Lunatic asylums Central Provinces reports 1895-1909 - 1895-1909
Year: 1895
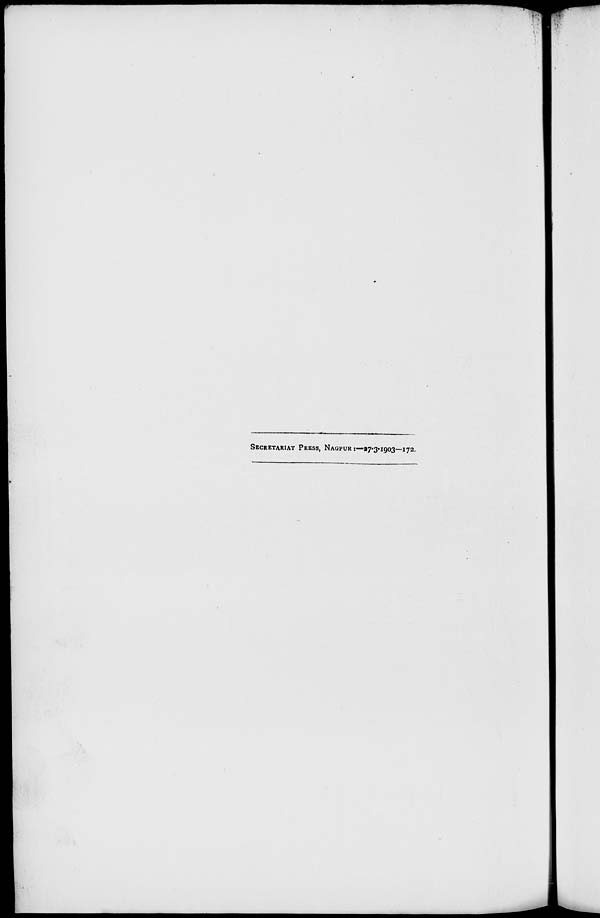
SECRETARIAT PRESS, NAGPUR :—27-3-1903—172.